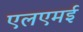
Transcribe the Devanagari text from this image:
एलएमई